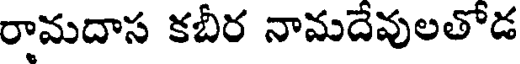
రామదాస కబీర నామదేవులతోడ